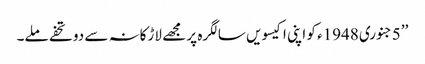
’’5جنوری 1948ء کو اپنی اکیسویں سالگرہ پر مجھے لاڑکانہ سے دو تحفے ملے۔